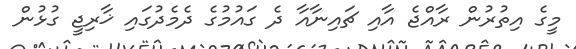
މީގެ އިތުރުން ރާއްޖެ އާއި ޗައިނާއާ ދެ ގައުމުގެ ދެމެދުގައި ޚާރިޖީ ގުޅުން